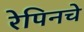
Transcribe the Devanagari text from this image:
रेपिनचे